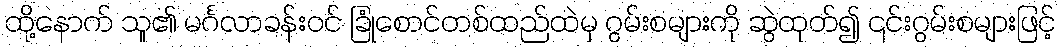
ထို့နောက် သူ၏ မင်္ဂလာခန်းဝင် ခြုံစောင်တစ်ထည်ထဲမှ ဂွမ်းစများကို ဆွဲထုတ်၍ ၎င်းဂွမ်းစများဖြင့်